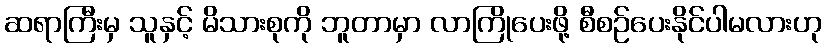
ဆရာကြီးမှ သူနှင့် မိသားစုကို ဘူတာမှာ လာကြိုပေးဖို့ စီစဉ်ပေးနိုင်ပါမလားဟု